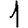
Digit: 1